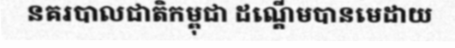
នគរបាលជាតិកម្ពុជា ដណ្តើមបានមេដាយ